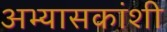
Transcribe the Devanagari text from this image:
अभ्यासकांशी